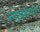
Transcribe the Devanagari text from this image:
प्लाझ्माचा